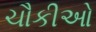
ચૌકીઓ